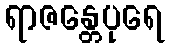
ရာဇန္တေပုရေ